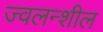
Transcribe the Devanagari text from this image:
ज्वलन्शील